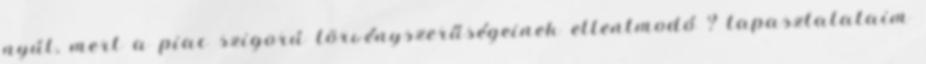
nyúl, mert a piac szigorú törvényszerűségeinek ellentmodó ? tapasztalataim